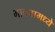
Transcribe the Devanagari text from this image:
भावनामध्ये